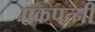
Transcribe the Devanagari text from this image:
एकपत्नी